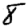
Digit: 8